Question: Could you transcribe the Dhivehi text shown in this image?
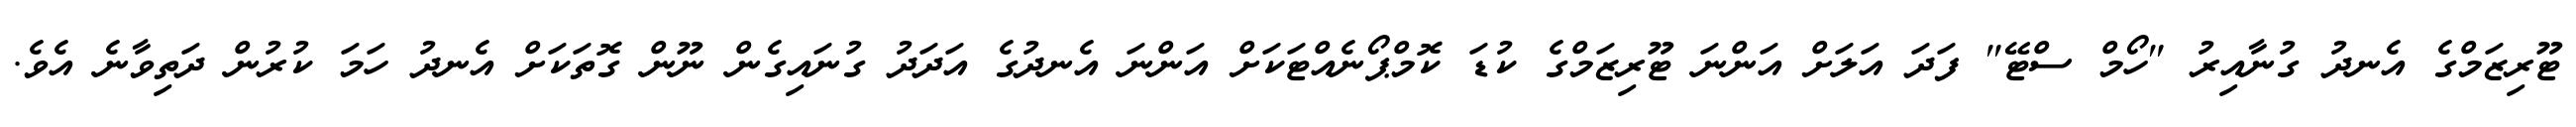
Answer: ޓޫރިޒަމްގެ އެނދު ގުނާއިރު "ހޯމް ސްޓޭ" ފަދަ އަލަށް އަންނަ ޓޫރިޒަމްގެ ކުޑަ ކޮމްޕޯނެއްޓަކަށް އަންނަ އެނދުގެ އަދަދު ގުނައިގެން ނޫން ގޮތަކަށް އެނދު ހަމަ ކުރުން ދަތިވާނެ އެވެ.